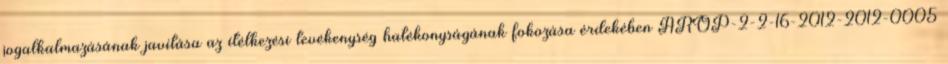
jogalkalmazásának javítása az ítélkezési tevékenység hatékonyságának fokozása érdekében ÁROP-2-2-16-2012-2012-0005